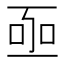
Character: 𠄸